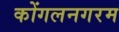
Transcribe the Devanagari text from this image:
कोंगलनगरम